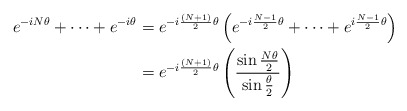
\begin{align*}e^{-iN\theta} + \cdots + e^{-i\theta} &= e^{-i\frac{(N+1)}{2}\theta}\left(e^{-i\frac{N-1}{2}\theta} + \cdots + e^{i\frac{N-1}{2}\theta}\right)\\&=e^{-i\frac{(N+1)}{2}\theta}\left(\frac{\sin \frac{N\theta}{2}}{\sin \frac{\theta}{2}}\right)\;\end{align*}